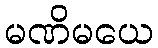
မဏိမယေ